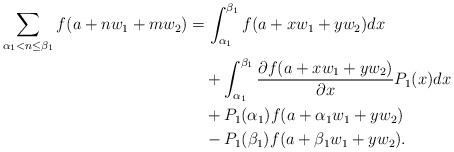
LaTeX: \begin{align*}\begin{aligned}\sum_{\alpha_1<n\leq \beta_1}f(a+nw_1+mw_2)&=\int_{\alpha_1}^{\beta_1}f(a+xw_1+yw_2) dx \\&\quad+\int_{\alpha_1}^{\beta_1}\frac{\partial f(a+xw_1+yw_2)}{\partial x}P_1(x) dx \\&\quad+P_1(\alpha_1)f(a+\alpha_1w_1+yw_2) \\&\quad-P_1(\beta_1)f(a+\beta_1w_1+yw_2).\end{aligned}\end{align*}